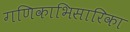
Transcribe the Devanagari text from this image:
गणिकाभिसारिका